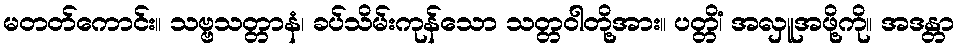
မတတ်ကောင်း။ သဗ္ဗသတ္တာနံ၊ ခပ်သိမ်းကုန်သော သတ္တဝါတို့အား။ ပတ္တိံ၊ အလှူအဖို့ကို။ အဒန္တာ